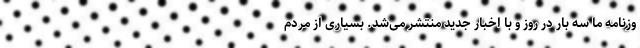
وزنامه ما سه بار در روز و با اخبار جدید منتشر می‌شد. بسیاری از مردم